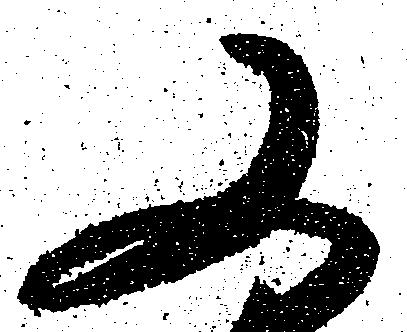
又